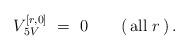
LaTeX: \begin{align*} V_{\,5V}^{[r,0]} \ = \ 0 \qquad (\,\mathrm{all}\ r\,)\, .\end{align*}